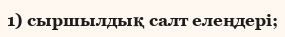
1) сыршылдық салт елеңдері;